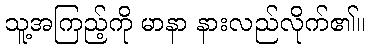
သူ့အကြည့်ကို မာနာ နားလည်လိုက်၏။